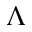
\boldsymbol { \Lambda }